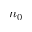
n _ { 0 }